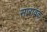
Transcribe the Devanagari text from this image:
सारावक